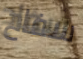
سفاح